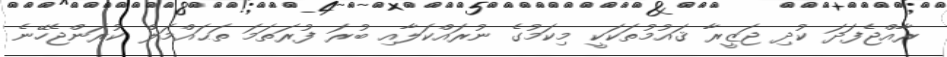
ރާއްޖެފަދަ ކުދި ޖަޒީރާ ޤައުމުތަކަކީ މިކަމުގެ ނުރައްކަލާއި ބުރަ ފުރަތަމަ ތަޙައްމަލް ކުރަންޖެހޭނެ